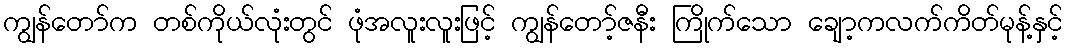
ကျွန်တော်က တစ်ကိုယ်လုံးတွင် ဖုံအလူးလူးဖြင့် ကျွန်တော့်ဇနီး ကြိုက်သော ချော့ကလက်ကိတ်မုန့်နှင့်